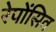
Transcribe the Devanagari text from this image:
रेपोंसिव